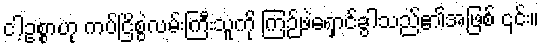
ငါ့ဥစ္စာဟု ကပ်ငြိစွဲလမ်းကြီးသူကို ကြဉ်ဖဲရှောင်ခွါသည်၏အဖြစ် ၎င်း။